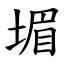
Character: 堳